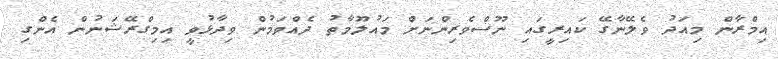
އިމްރާން މިއަދު ވެލޭނާގޭ ކައިރީގައި ނޫސްވެރިންނަށް މައުލޫމާތު ދެއްވަމުން ވިދާޅުވީ އިމިގްރޭޝަނުން އެންގި